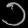
Digit: ၁